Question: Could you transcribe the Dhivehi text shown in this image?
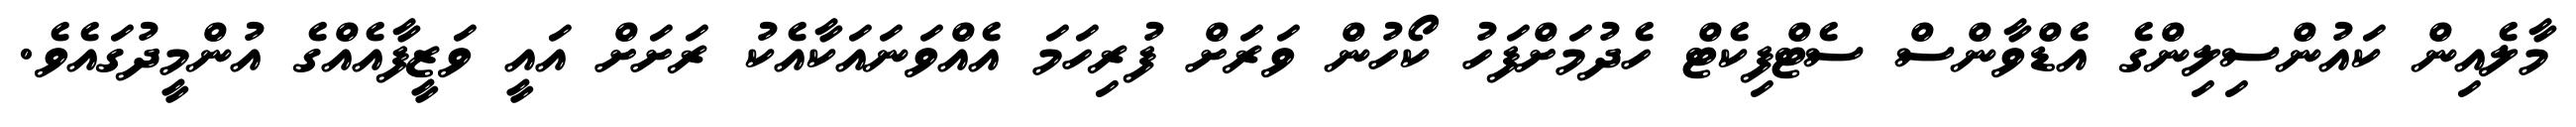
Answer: މާލެއިން ކައުންސިލިންގެ އެޑްވާންސް ސެޓްފިކެޓް ހެދުމަށްފަހު ކޯހުން ވަރަށް ފުރިހަމަ އެއްވަނައަކާއެކު ރަށަށް އައީ ވަޒީފާއެއްގެ އުންމީދުގައެވެ.